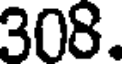
308.